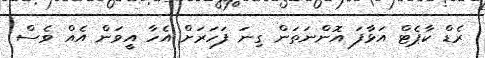
ރެޑް ކާޕެޓް އަޅާފަ އޮންނަތަން ގިނަ ފަހަރަށް އެހާ އީވަން އެއް ވެސް